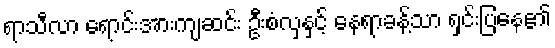
ရာသီလာ ရောင်းအားကျဆင်း ဦးစံလှနှင့် နေရာခန့်သာ ရှင်းပြနေ၏